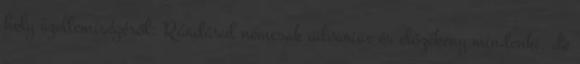
hely szellemiségéről. Ráadásul nemcsak udvarias és előzékeny mindenki, de